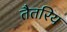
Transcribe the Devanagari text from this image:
तैतरिय